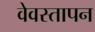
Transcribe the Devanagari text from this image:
वेवस्तापन